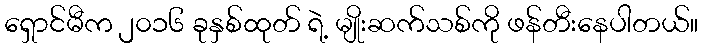
ရှောင်မီက ၂၀၁၆ ခုနှစ်ထုတ် ရဲ့ မျိုးဆက်သစ်ကို ဖန်တီးနေပါတယ်။